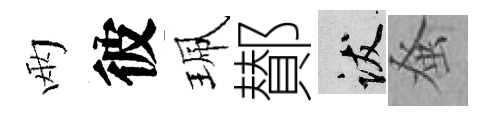
兩彼珮鄼跋𫊫